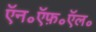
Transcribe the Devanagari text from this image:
ऍन॰ऍफ़॰ऍल॰